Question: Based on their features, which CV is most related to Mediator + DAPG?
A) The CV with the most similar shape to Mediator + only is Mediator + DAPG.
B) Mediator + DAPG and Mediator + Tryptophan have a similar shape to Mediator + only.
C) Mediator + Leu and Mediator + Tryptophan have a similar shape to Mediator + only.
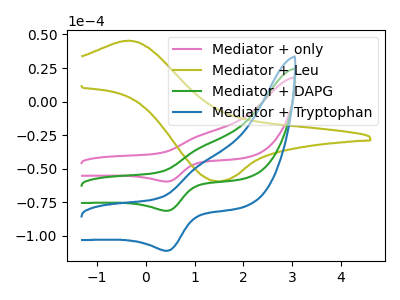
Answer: <think>The pink curve "Mediator + only" has an anodic peak at (1.10V, -25.20uA) and a cathodic peak at (0.45V, -59.70uA). The olive curve "Mediator + Leu" has an anodic peak at (-0.35V, 45.40uA) and a cathodic peak at (1.50V, -59.40uA). The green curve "Mediator + DAPG" has an anodic peak at (1.10V, -34.40uA) and a cathodic peak at (0.45V, -81.50uA). The blue curve "Mediator + Tryptophan" has an anodic peak at (1.10V, -68.80uA) and a cathodic peak at (0.45V, -163.05uA).
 "Mediator + only" and "Mediator + Leu" have at least one peak that do not match. All the peaks in "Mediator + only" have a peak in "Mediator + DAPG" at the same potential. All the peaks in "Mediator + only" have a peak in "Mediator + Tryptophan" at the same potential. "Mediator + Leu" and "Mediator + DAPG" have at least one peak that do not match. "Mediator + Leu" and "Mediator + Tryptophan" have at least one peak that do not match. All the peaks in "Mediator + DAPG" have a peak in "Mediator + Tryptophan" at the same potential.</think>
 <answer>B) "Mediator + DAPG" and "Mediator + Tryptophan" have a similar shape to "Mediator + only".</answer>
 <eval>B</eval>